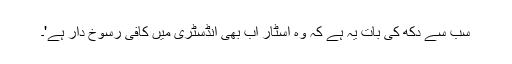
سب سے دکھ کی بات یہ ہے کہ وہ اسٹار اب بھی انڈسٹری میں کافی رسوخ دار ہے'۔